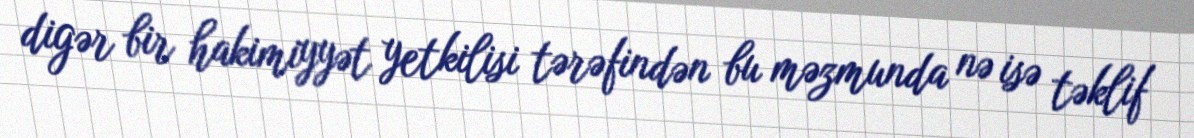
digər bir hakimiyyət yetkilisi tərəfindən bu məzmunda nə isə təklif